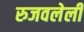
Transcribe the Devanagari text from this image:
रुजवलेली